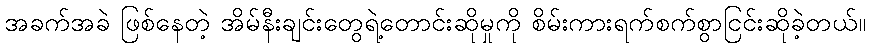
အခက်အခဲ ဖြစ်နေတဲ့ အိမ်နီးချင်းတွေရဲ့တောင်းဆိုမှုကို စိမ်းကားရက်စက်စွာငြင်းဆိုခဲ့တယ်။